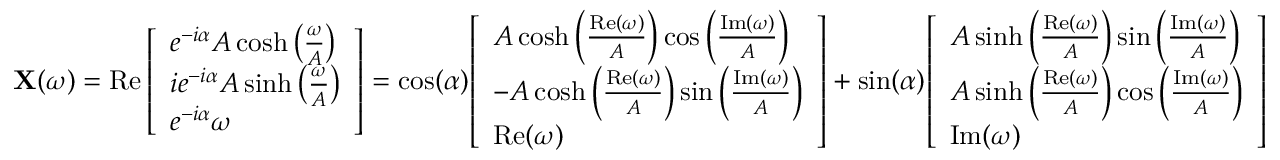
\mathbf { X } ( \omega ) = \operatorname { R e } { \left[ \begin{array} { l } { e ^ { - i \alpha } A \cosh \left( { \frac { \omega } { A } } \right) } \\ { i e ^ { - i \alpha } A \sinh \left( { \frac { \omega } { A } } \right) } \\ { e ^ { - i \alpha } \omega } \end{array} \right] } = \cos ( \alpha ) { \left[ \begin{array} { l } { A \cosh \left( { \frac { \operatorname { R e } ( \omega ) } { A } } \right) \cos \left( { \frac { \operatorname { I m } ( \omega ) } { A } } \right) } \\ { - A \cosh \left( { \frac { \operatorname { R e } ( \omega ) } { A } } \right) \sin \left( { \frac { \operatorname { I m } ( \omega ) } { A } } \right) } \\ { \operatorname { R e } ( \omega ) } \end{array} \right] } + \sin ( \alpha ) { \left[ \begin{array} { l } { A \sinh \left( { \frac { \operatorname { R e } ( \omega ) } { A } } \right) \sin \left( { \frac { \operatorname { I m } ( \omega ) } { A } } \right) } \\ { A \sinh \left( { \frac { \operatorname { R e } ( \omega ) } { A } } \right) \cos \left( { \frac { \operatorname { I m } ( \omega ) } { A } } \right) } \\ { \operatorname { I m } ( \omega ) } \end{array} \right] }